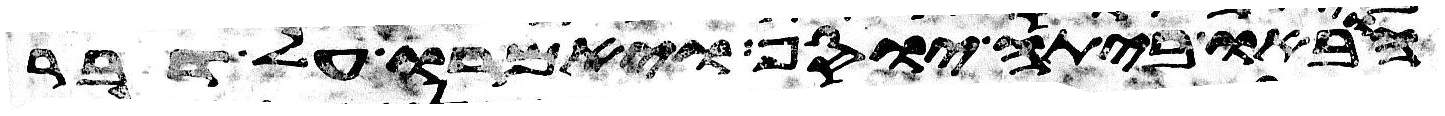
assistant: הובאו ביתה יוסף ויאמרו על דבר